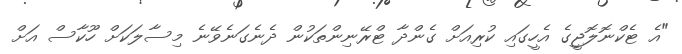
"އެ ޓެކްނޮލޮޖީގެ އެހީގައި ކުރިއަށް ގެންދާ ޓްރޭނިންތަކުން ދެނެގަނެވޭނެ މިސާލަކަށް ހޫކާސް އަށް